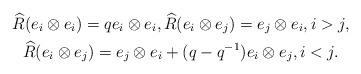
LaTeX: \begin{gather*}\widehat{R} (e_{i} \otimes e_{i}) = q e_{i} \otimes e_{i}, \widehat{R} (e_{i} \otimes e_{j}) = e_{j} \otimes e_{i}, i > j,\\\widehat{R} (e_{i} \otimes e_{j}) = e_{j} \otimes e_{i} + (q - q^{-1}) e_{i} \otimes e_{j}, i < j.\end{gather*}